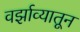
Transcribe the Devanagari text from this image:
वर्झाव्यातून